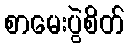
စာမေးပွဲစိတ်